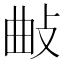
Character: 𢼰